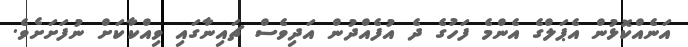
އަނެއްކޮޅުން އެޕަލްގެ އެންމެ ފަހުގެ ދެ އުފެއްދުން އަދިވެސް ޗައިނާގައި ވިއްކާކަށް ނުފަށަށެވެ.